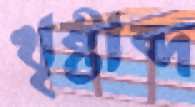
খৃষ্টাব্দ